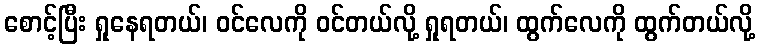
စောင့်ပြီး ရှုနေရတယ်၊ ဝင်လေကို ဝင်တယ်လို့ ရှုရတယ်၊ ထွက်လေကို ထွက်တယ်လို့